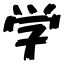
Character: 学